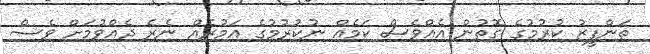
ތަންފީޒު ކުރުމުގެ ގޮތުން އެއްވެސް ކަމެއް ނުކުރުމުގެ އަމުރެއް ނެރެ ދެއްވުމަށް ވެސް